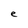
Character: e